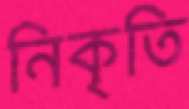
নিকৃতি